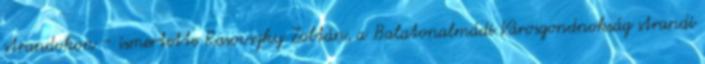
strandokon – ismertette Rasovszky Zoltán, a Balatonalmádi Városgondnokság strandi